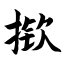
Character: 揿